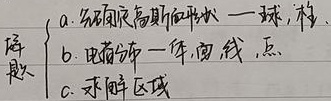
\begin{cases}
a. \text{各向最高阶的形状—球，柱， 锥}\\
b. \text{电荷分布—面，线，点}\\
c. \text{求解区域}
\end{cases}